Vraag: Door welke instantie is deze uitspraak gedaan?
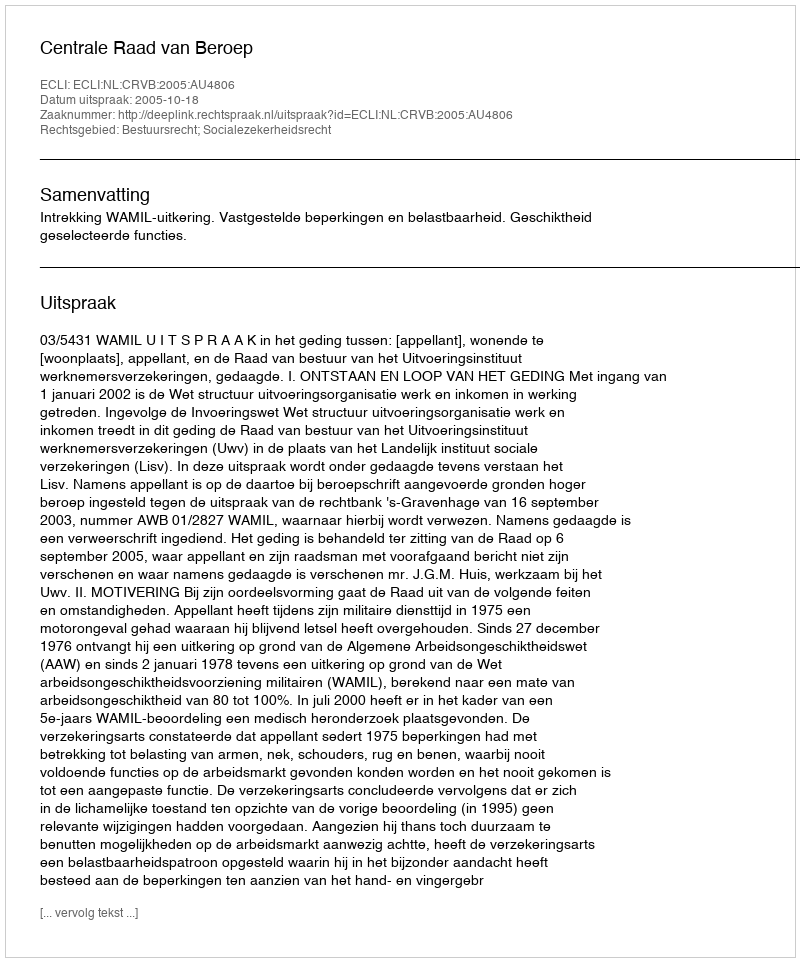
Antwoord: Centrale Raad van Beroep